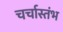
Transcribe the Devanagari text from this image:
चर्चास्तंभ